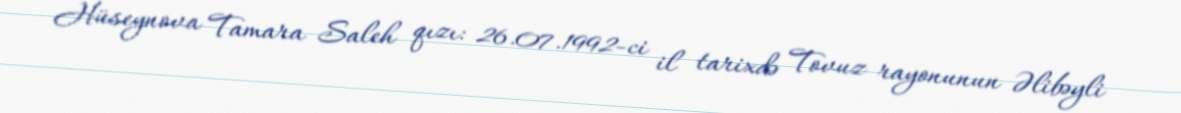
Hüseynova Tamara Saleh qızı: 26.07.1992-ci il tarixdə Tovuz rayonunun Əlibəyli